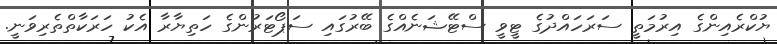
ޔުކްރެއިންގެ އިރުމަތީ ސަރަހައްދުގެ ޓީވީ ސްޓޭޝަނެއްގެ ބޭރުގައި ސަޕޯޓަރުންގެ ހަތިޔާރާ އެކު ހަރަކާތްތެރިވަނީ.